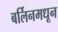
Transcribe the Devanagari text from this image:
बर्लिनमधून